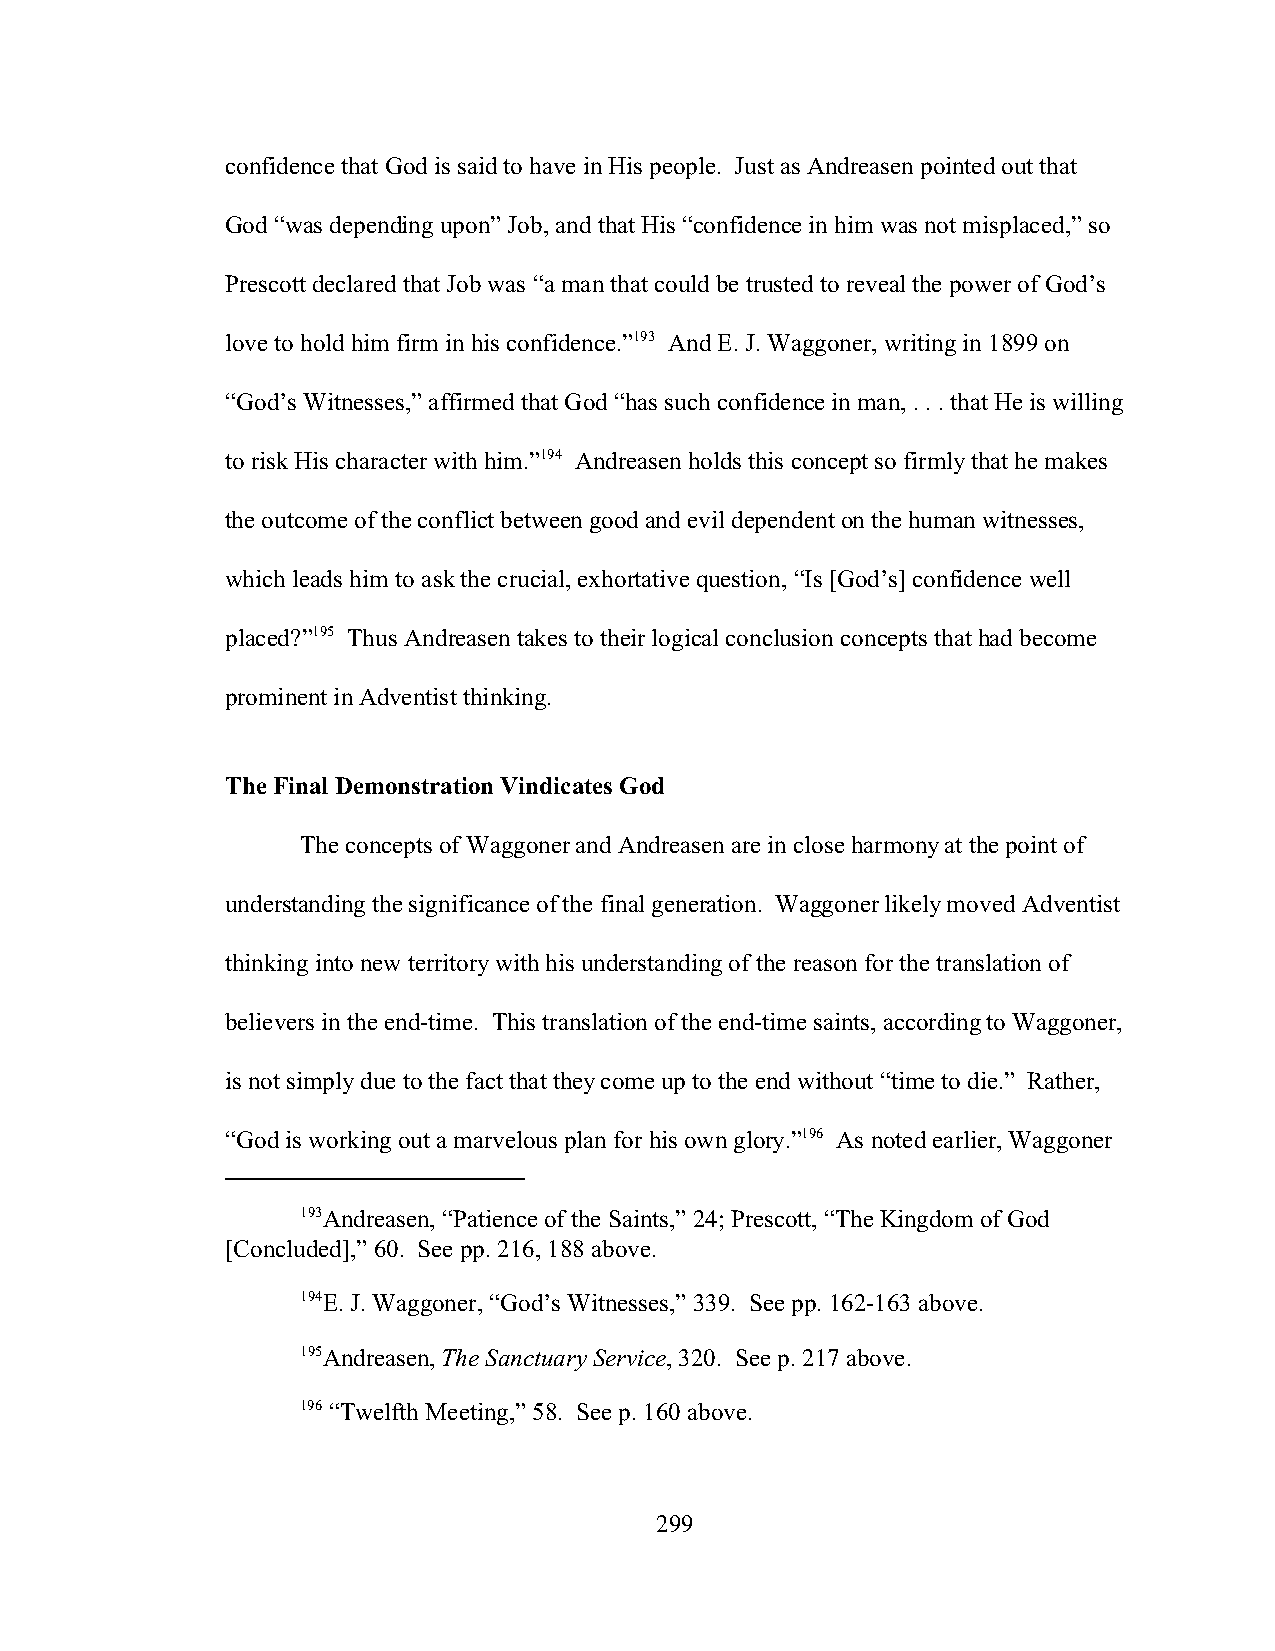
confidence that God is said to have in His people. Just as Andreasen pointed out that
 God “was depending upon” Job, and that His “confidence in him was not misplaced,” so
 Prescott declared that Job was “a man that could be trusted to reveal the power of God’s
 love to hold him firm in his confidence.”193 And E. J. Waggoner, writing in 1899 on
 “God’s Witnesses,” affirmed that God “has such confidence in man, . . . that He is willing
 to risk His character with him.”194 Andreasen holds this concept so firmly that he makes
 the outcome of the conflict between good and evil dependent on the human witnesses,
 which leads him to ask the crucial, exhortative question, “Is [God’s] confidence well
 placed?”195 Thus Andreasen takes to their logical conclusion concepts that had become
 prominent in Adventist thinking.
 The Final Demonstration Vindicates God
 The concepts of Waggoner and Andreasen are in close harmony at the point of
 understanding the significance of the final generation. Waggoner likely moved Adventist
 thinking into new territory with his understanding of the reason for the translation of
 believers in the end-time. This translation of the end-time saints, according to Waggoner,
 is not simply due to the fact that they come up to the end without “time to die.” Rather,
 “God is working out a marvelous plan for his own glory.”196 As noted earlier, Waggoner
 193Andreasen, “Patience of the Saints,” 24; Prescott, “The Kingdom of God
 [Concluded],” 60. See pp. 216, 188 above.
 194E. J. Waggoner, “God’s Witnesses,” 339. See pp. 162-163 above.
 195Andreasen, The Sanctuary Service, 320. See p. 217 above.
 196 “Twelfth Meeting,” 58. See p. 160 above.
 299